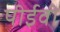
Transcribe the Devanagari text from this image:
पीईवी